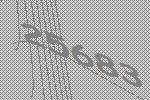
25683